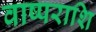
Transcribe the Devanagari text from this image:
वाष्पराशि